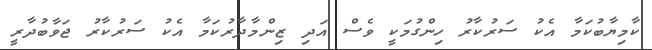
ކާމިޔާބުކަމާ އެކު ސަރުކާރު ހިންގުމަކީ ވެސް އަދި ޒިންމާދާރުކަމާ އެކު ސަރުކާރު ޖަވާބުދާރީ